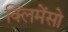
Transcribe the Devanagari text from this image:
क्लिमेंसो